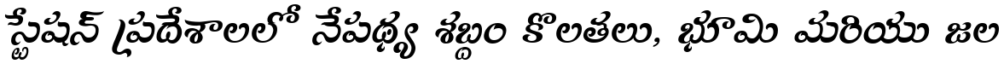
స్టేషన్ ప్రదేశాలలో నేపథ్య శబ్దం కొలతలు, భూమి మరియు జల